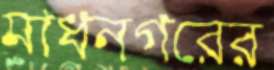
মাধনগরের